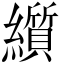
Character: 𬘋